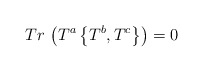
\begin{align*}Tr\,\left( T^{a}\left\{ T^{b},T^{c}\right\} \right) =0\end{align*}